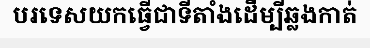
បរទេសយកធ្វើជាទីតាំងដើម្បីឆ្លងកាត់